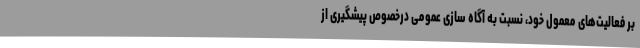
بر فعالیت‌های معمول خود، نسبت به آگاه سازی عمومی درخصوص پیشگیری از